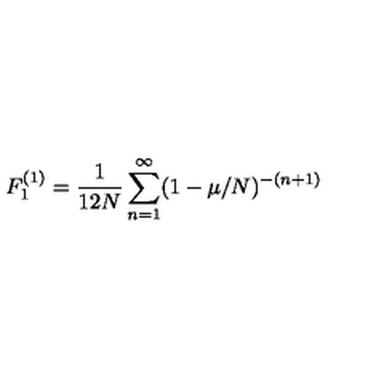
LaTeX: F _ { 1 } ^ { ( 1 ) } = { \frac { 1 } { 1 2 N } } \sum _ { n = 1 } ^ { \infty } ( 1 - \mu / N ) ^ { - ( n + 1 ) }